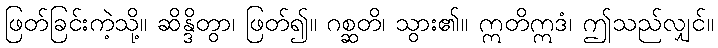
ဖြတ်ခြင်းကဲ့သို့။ ဆိန္ဒိတွာ၊ ဖြတ်၍။ ဂစ္ဆတိ၊ သွား၏။ ဣတိဣဒံ၊ ဤသည်လျှင်။